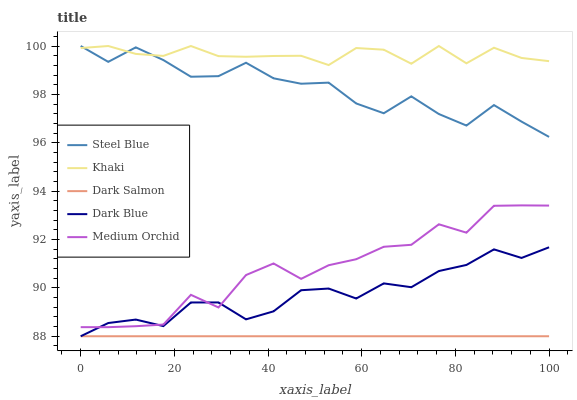
| xaxis_label | Steel Blue | Khaki | Dark Salmon | Dark Blue | Medium Orchid |
 | --- | --- | --- | --- | --- | --- |
 | 0 | 100 | 99.9 | 88 | 88 | 88.4 |
 | 5.88 | 99.3 | 100 | 88 | 88.5 | 88.4 |
 | 11.8 | 99.9 | 99.7 | 88 | 88.7 | 88.4 |
 | 17.6 | 99.4 | 99.6 | 88 | 88.4 | 88.5 |
 | 23.5 | 98.7 | 100 | 88 | 89.4 | 89.7 |
 | 29.4 | 98.8 | 99.6 | 88 | 89.4 | 89.2 |
 | 35.3 | 99.3 | 99.6 | 88 | 88.7 | 90.5 |
 | 41.2 | 98.7 | 99.6 | 88 | 89 | 91 |
 | 47.1 | 98.4 | 99.6 | 88 | 89.9 | 90.4 |
 | 52.9 | 98.5 | 99.2 | 88 | 90 | 90.9 |
 | 58.8 | 97.6 | 99.9 | 88 | 89.6 | 91.2 |
 | 64.7 | 97.2 | 99.8 | 88 | 90.2 | 91.7 |
 | 70.6 | 97.9 | 99.3 | 88 | 90 | 91.8 |
 | 76.5 | 97.2 | 100 | 88 | 90.7 | 92.6 |
 | 82.4 | 96.7 | 99.3 | 88 | 90.9 | 92.3 |
 | 88.2 | 97.6 | 99.9 | 88 | 91.6 | 93.4 |
 | 94.1 | 96.9 | 99.5 | 88 | 91.2 | 93.4 |
 | 100 | 96.2 | 99.4 | 88 | 91.7 | 93.4 |